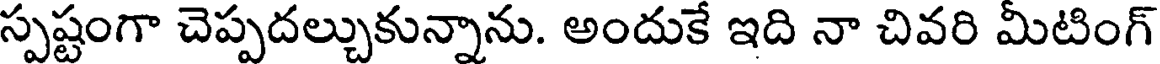
స్పష్టంగా చెప్పదల్చుకున్నాను. అందుకే ఇది నా చివరి మీటింగ్